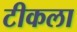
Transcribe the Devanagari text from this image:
टीकला